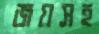
জয়সহ